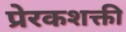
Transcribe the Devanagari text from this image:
प्रेरकशक्ती